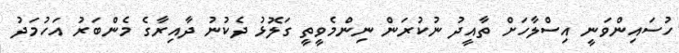
ހުސައިންވަނީ އިސްލާހަށް ތާއީދު ނުކުރަން ނިންމެވީތީ ގަލޮޅު ދެކުނު ދާއިރާގެ މެންބަރު އަހުމަދު